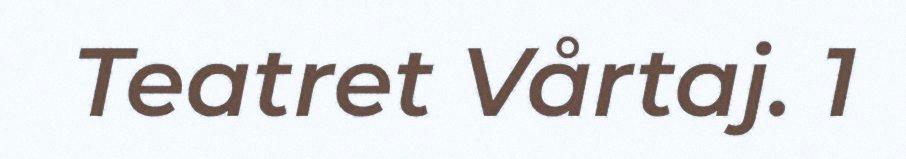
Teatret Vårtaj. 1